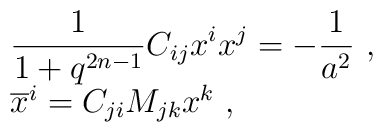
\begin{array}{l}\displaystyle\frac{1}{1+q^{2n-1}}C_{ij}x^ix^j=-\frac{1}{a^2}~,\\{\overline x^i}=C_{ji}M_{jk}x^k~,\end{array}